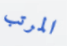
المرتب